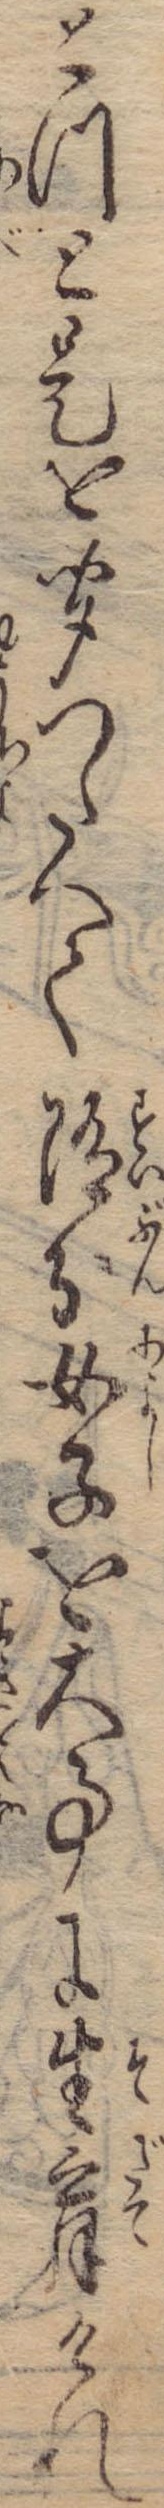
とつと是を聞つたへて随分女子を大事に生育けれ